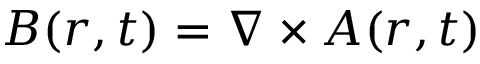
\boldsymbol { B } ( \boldsymbol { r } , t ) = \boldsymbol { \nabla } \times \boldsymbol { A } ( \boldsymbol { r } , t )